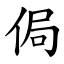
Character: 侷